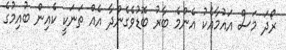
ރޯދަ މަސް އައުމާއެކު އެންމެ ބާރު ބޮޑުވެގެންދާ އެއް ތަނަކީ ކެއިން ބުއިމުގެ